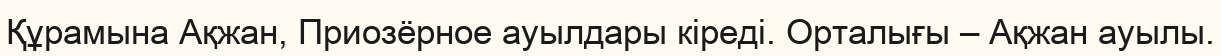
Құрамына Ақжан, Приозёрное ауылдары кіреді. Орталығы – Ақжан ауылы.